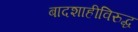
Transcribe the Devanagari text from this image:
बादशाहीविरुद्ध